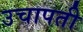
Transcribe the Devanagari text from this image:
उचापती